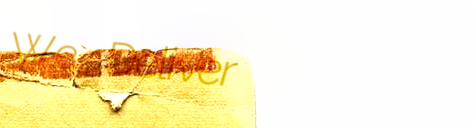
We Deliver